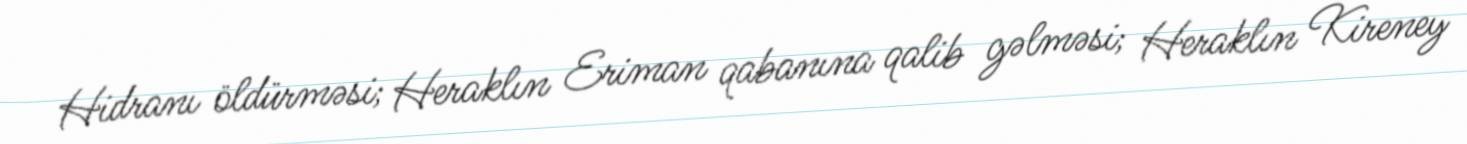
Hidranı öldürməsi; Heraklın Eriman qabanına qalib gəlməsi; Heraklın Kireney